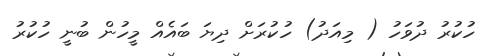
ހުކުރު ދުވަހު ( މިއަދު) ހުކުރަށް ދިޔަ ބައެއް މީހުން ބުނީ ހުކުރު